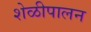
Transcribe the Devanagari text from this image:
शेळीपालन